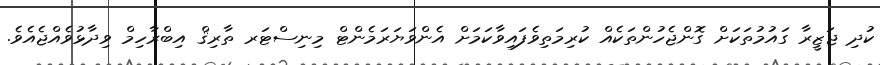
ކުދި ޖަޒީރާ ގައުމުތަކަށް ގޮންޖެހުންތަކެއް ކުރިމަތިވެފައިވާކަމަށް އެންވަޔަރަމެންޓް މިނިސްޓަރ ތާރިޤް އިބްރާހިމް ވިދާޅުވެއްޖެއެވެ.